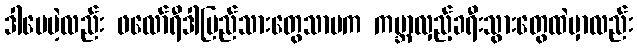
ဒါပေမဲ့လည်း ဖလော်ရီဒါပြည်သားတွေသာမက ကမ္ဘာလှည့်ခရီးသွားတွေထဲမှာလည်း